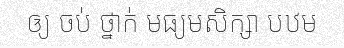
ឲ្យ ចប់ ថ្នាក់ មធ្យមសិក្សា បឋម